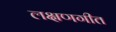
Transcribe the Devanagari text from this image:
लक्षणगीत